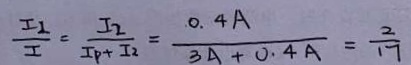
\frac { I _ { 2 } } { I } = \frac { I _ { 2 } } { I _ { p } + I _ { 2 } } = \frac { 0 . 4 A } { 3 A + 0 . 4 A } = \frac { 2 } { 1 7 }